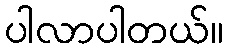
ပါလာပါတယ်။